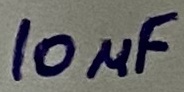
Text: 10µF